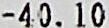
-40.10